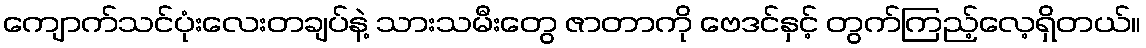
ကျောက်သင်ပုံးလေးတချပ်နဲ့ သားသမီးတွေ ဇာတာကို ဗေဒင်နှင့် တွက်ကြည့်လေ့ရှိတယ်။